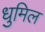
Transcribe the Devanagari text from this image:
धुमिल